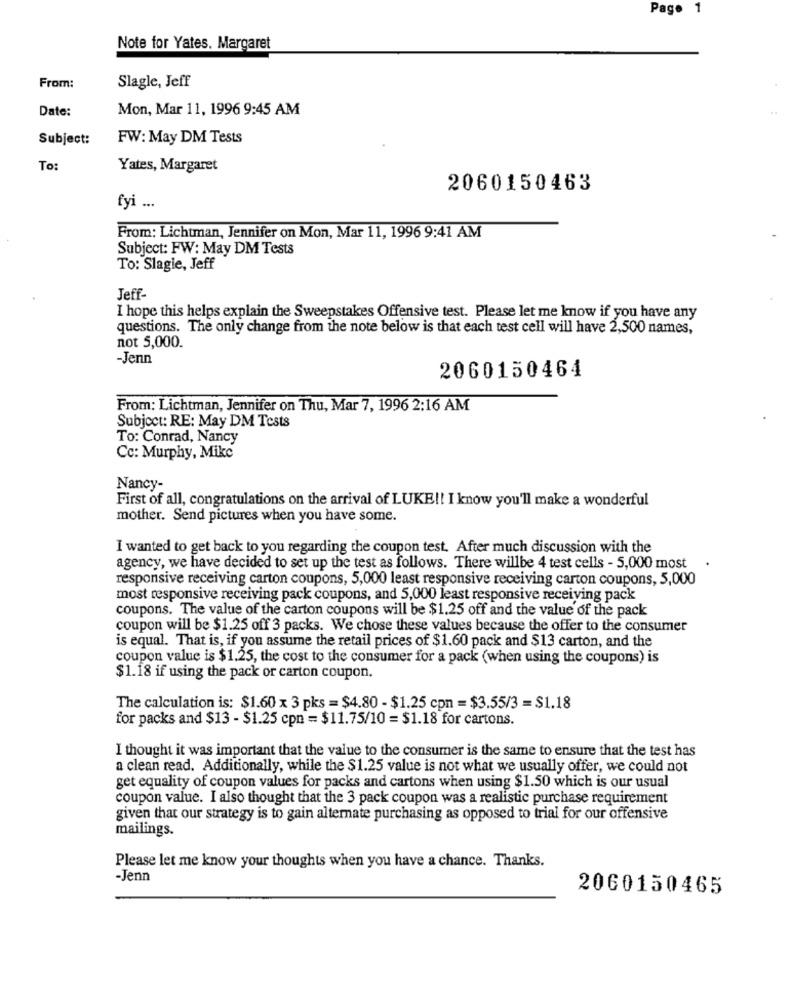
Page 1
Note for Yates. Margaret
From:
Slagle, Jeff
Date:
Mon, Mar 11, 1996 9:45 AM
Subject:
FW: May DM Tests
To:
Yates, Margaret
2060150463
fyi ...
From: Lichtman, Jennifer on Mon, Mar 11, 1996 9:41 AM
Subject: FW: May DM Tests
To: Slagie, Jeff
Jeff-
I hope this helps explain the Sweepstakes Offensive test. Please let me know if you have any
questions. The only change from the note below is that each test cell will have 2,500 names,
not 5,000.
-Jenn
2060150464
From: Lichtman, Jennifer on Thu, Mar 7, 1996 2:16 AM
Subject: RE: May DM Tests
To: Conrad, Nancy
Cc: Murphy, Mike
Nancy-
First of all, congratulations on the arrival of LUKE !! I know you'll make a wonderful
mother. Send pictures when you have some.
I wanted to get back to you regarding the coupon test. After much discussion with the
agency, we have decided to set up the test as follows. There willbe 4 test cells - 5,000 most
responsive receiving carton coupons, 5,000 least responsive receiving carton coupons, 5,000
most responsive receiving pack coupons, and 5,000 least responsive receiving pack
coupons. The value of the carton coupons will be $1.25 off and the value of the pack
coupon will be $1.25 off 3 packs. We chose these values because the offer to the consumer
is equal. That is, if you assume the retail prices of $1.60 pack and $13 carton, and the
coupon value is $1.25, the cost to the consumer for a pack (when using the coupons) is
$1.18 if using the pack or carton coupon.
The calculation is: $1.60 x 3 pks = $4.80 - $1.25 cpn = $3.55/3 = $1.18
for packs and $13 - $1.25 cpn = $11.75/10 = $1.18 for cartons.
I thought it was important that the value to the consumer is the same to ensure that the test has
a clean read. Additionally, while the $1.25 value is not what we usually offer, we could not
get equality of coupon values for packs and cartons when using $1.50 which is our usual
coupon value. I also thought that the 3 pack coupon was a realistic purchase requirement
given that our strategy is to gain alternate purchasing as opposed to trial for our offensive
mailings.
Please let me know your thoughts when you have a chance. Thanks.
-Jenn
2060150465